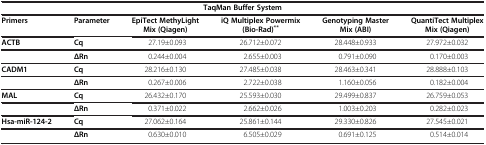
<table><thead><tr><td colspan="6"><b>TaqMan Buffer System</b></td></tr><tr><td><b>Primers</b></td><td><b>Parameter</b></td><td><b>EpiTect MethyLight Mix (Qiagen)</b></td><td><b>iQ Multiplex Powermix (Bio-Rad)<sup>**</sup></b></td><td><b>Genotyping Master Mix (ABI)</b></td><td><b>QuantiTect Multiplex Mix (Qiagen)</b></td></tr></thead><tbody><tr><td><b>ACTB</b></td><td><b>Cq</b></td><td>27.19±0.093</td><td>26.712±0.072</td><td>28.448±0.933</td><td>27.972±0.032</td></tr><tr><td> </td><td><b>ΔRn</b></td><td>0.244±0.004</td><td>2.655±0.003</td><td>0.791±0.090</td><td>0.170±0.003</td></tr><tr><td><b>CADM1</b></td><td><b>Cq</b></td><td>28.216±0.130</td><td>27.485±0.038</td><td>28.463±0.341</td><td>28.888±0.103</td></tr><tr><td> </td><td><b>ΔRn</b></td><td>0.267±0.006</td><td>2.722±0.038</td><td>1.160±0.056</td><td>0.182±0.004</td></tr><tr><td><b>MAL</b></td><td><b>Cq</b></td><td>26.432±0.170</td><td>25.593±0.030</td><td>29.499±0.837</td><td>26.759±0.053</td></tr><tr><td> </td><td><b>ΔRn</b></td><td>0.371±0.022</td><td>2.662±0.026</td><td>1.003±0.203</td><td>0.282±0.023</td></tr><tr><td><b>Hsa-miR-124-2</b></td><td><b>Cq</b></td><td>27.062±0.164</td><td>25.861±0.144</td><td>29.330±0.826</td><td>27.545±0.021</td></tr><tr><td> </td><td><b>ΔRn</b></td><td>0.630±0.010</td><td>6.505±0.029</td><td>0.691±0.125</td><td>0.514±0.014</td></tr></tbody></table>